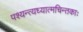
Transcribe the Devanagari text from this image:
पश्यन्त्यध्यात्मचिन्तकाः